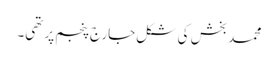
محمد بخش کی شکل جارج پنجم پر تھی۔